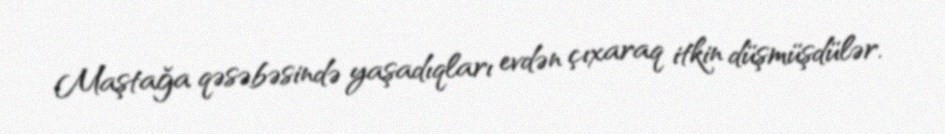
Maştağa qəsəbəsində yaşadıqları evdən çıxaraq itkin düşmüşdülər.